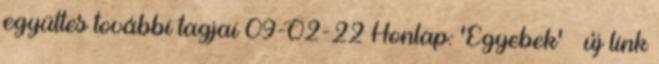
együttes további tagjai 09-02-22 Honlap: 'Egyebek' » új link